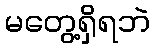
မတွေ့ရှိရဘဲ